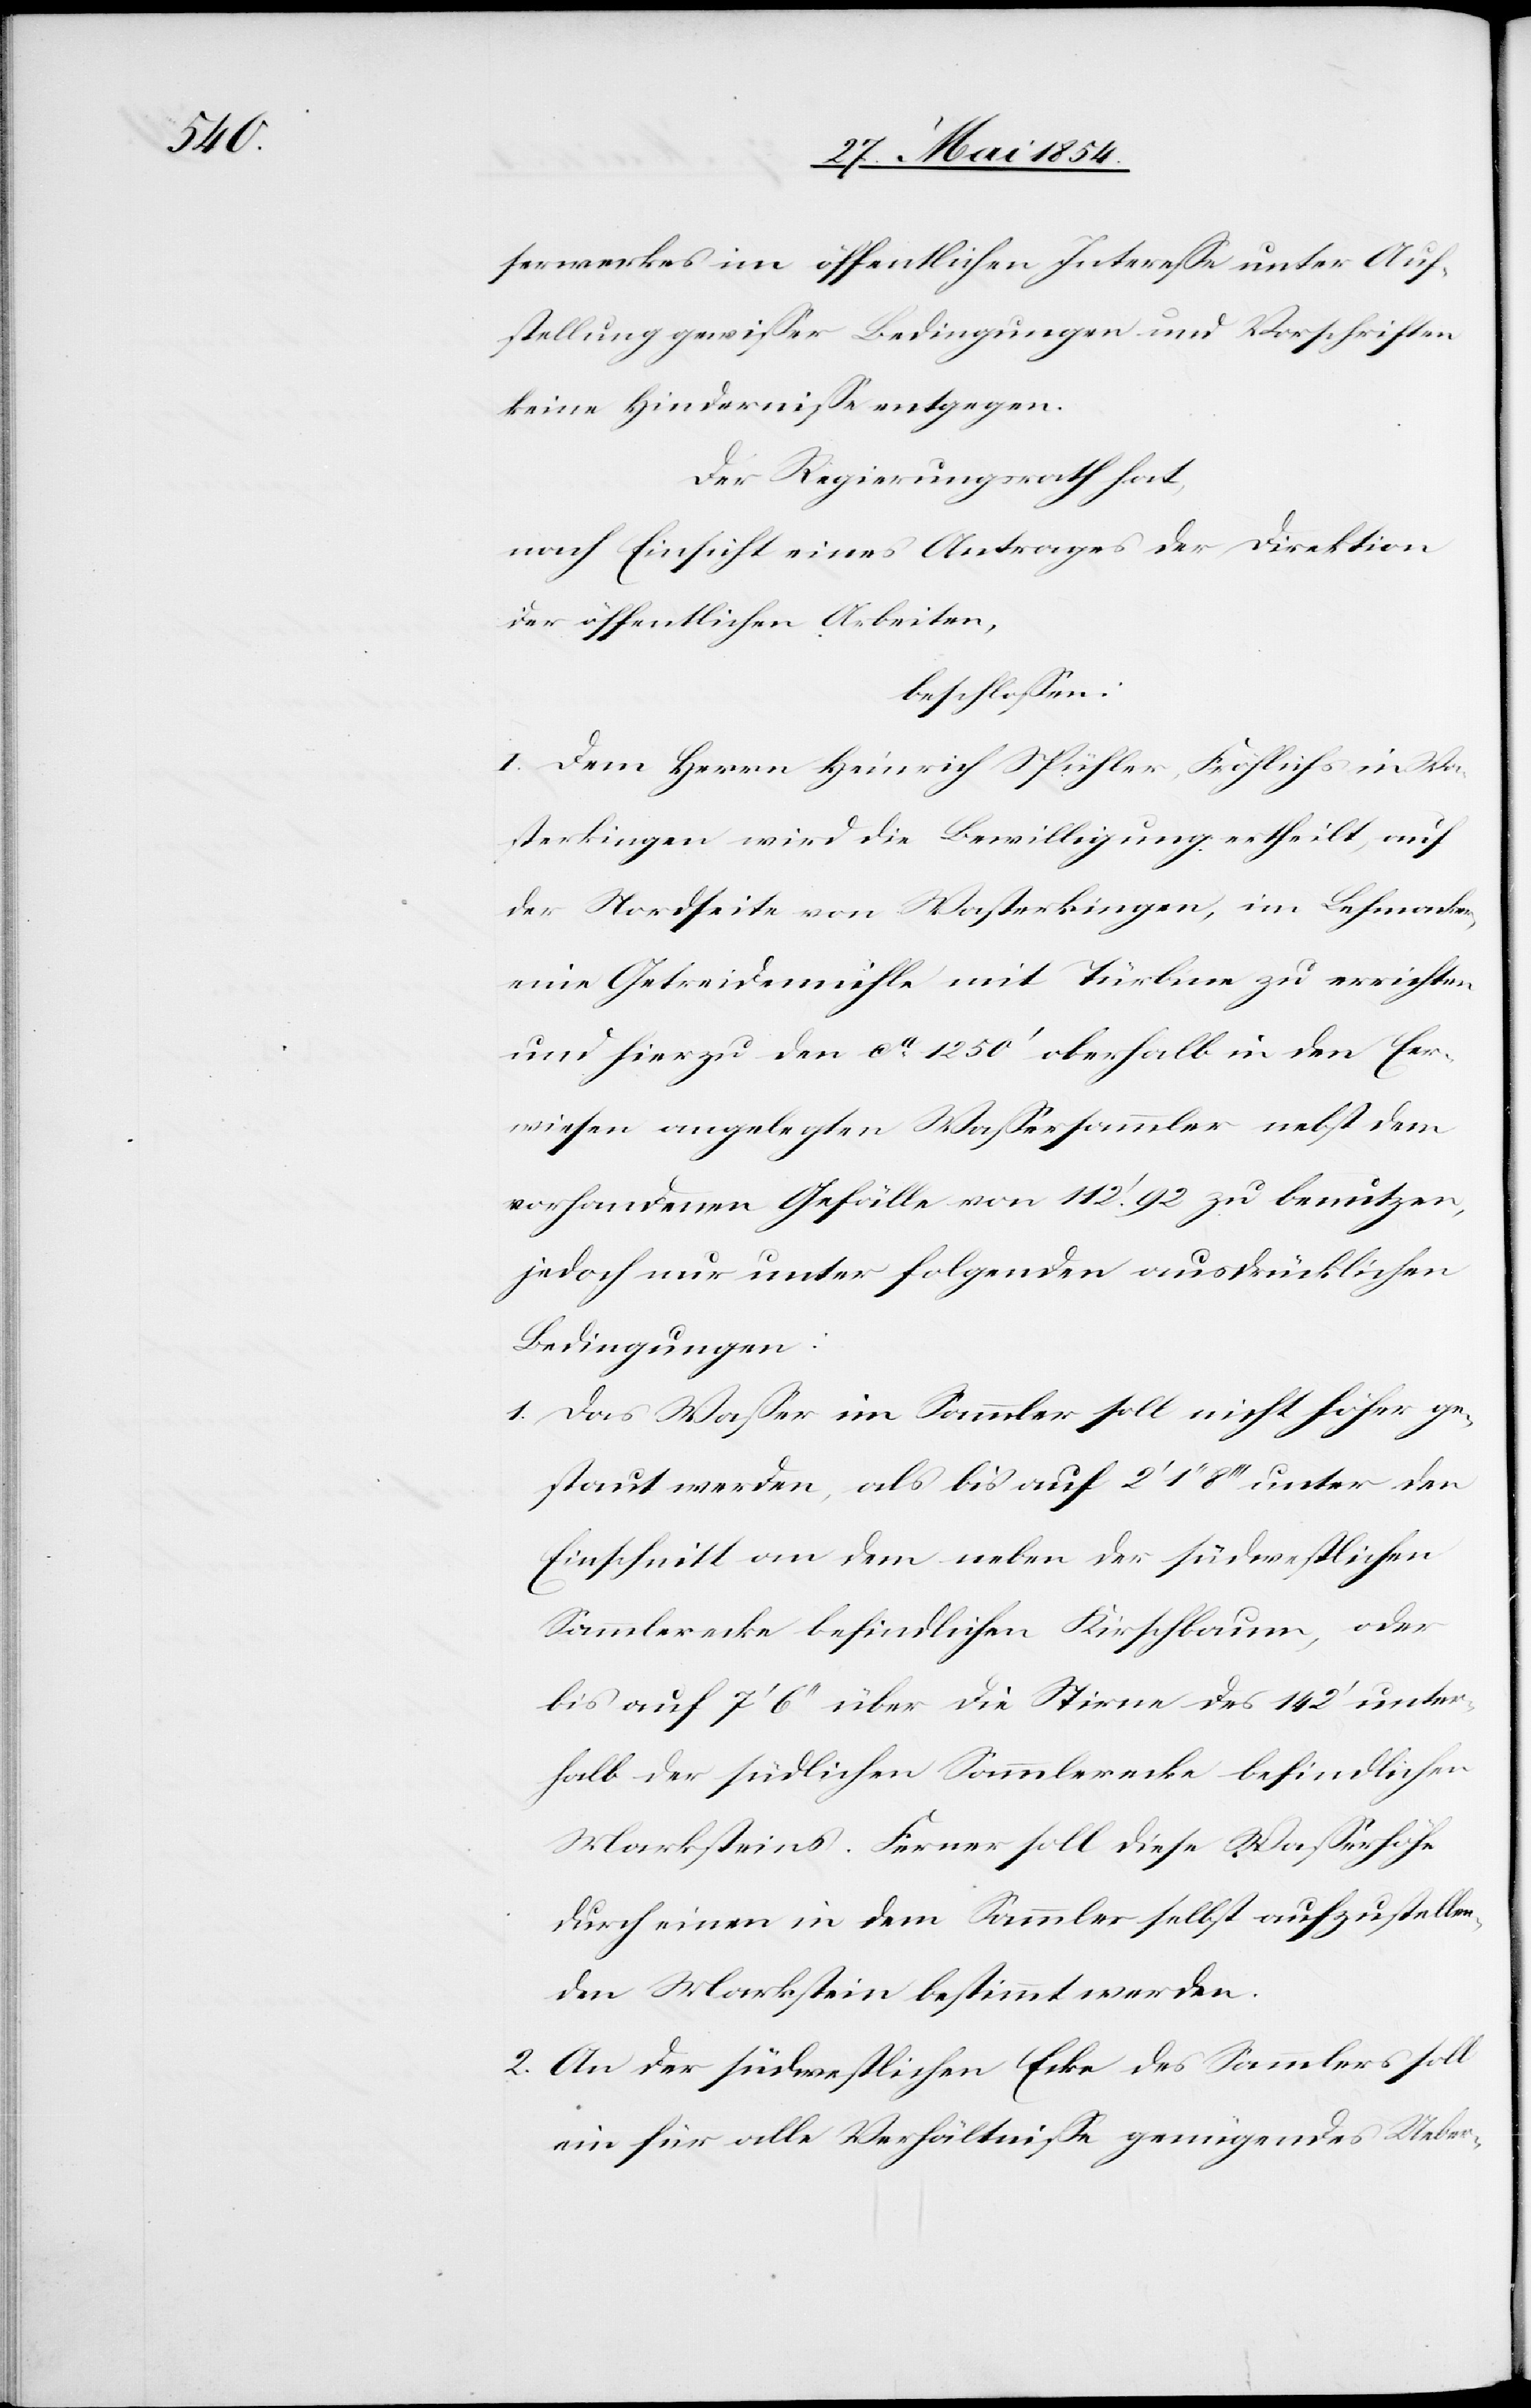
serwerkes im öffentlichen Intereße unter Auf¬
stellung gewißer Bedingungen und Vorschriften
keine Hinderniße entgegen.
Der Regierungsrath hat,
nach Einsicht eines Antrages der Direktion
der öffentlichen Arbeiten,
beschloßen:
I. Dem Herrn Heinrich Spühler-Fröhlichs in Was¬
terkingen wird die Bewilligung ertheilt, auf
der Nordseite von Wasterkingen, im Lehmacker,
eine Getreidemühle mit Turbine zu errichten
und hierzu den ca 1250‘ oberhalb in den Eer¬
wiesen angelegten Waßersammler nebst dem
vorhandenen Gefälle von 112.‘ 92 zu benutzen,
jedoch nur unter folgenden ausdrücklichen
Bedingungen:
1. Das Waßer im Sammler soll nicht höher ge¬
staut werden, als bis auf 2‘ 1‘‘ 8‘‘‘ unter den
Einschnitt an dem neben der südwestlichen
Sammlerecke befindlichen Kirschbaum, oder
bis auf 7‘ 6‘‘ über die Stirne des 142‘ unter¬
halb der südlichen Sammlerecke befindlichen
Marksteins. Ferner soll diese Waßerhöhe
durch eine in dem Sammler selbst aufzustellen¬
den Markstein bestimmt werden.
2. An der südwestlichen Ecke des Sammlers soll
ein für alle Verhältniße genügendes Ueber-